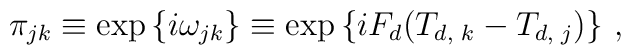
\pi_{jk} \equiv \exp{\{i\omega_{jk}\}}\equiv\exp{\{i F_d (T_{d,\,\,k} - T_{d,\,\,j})\}} \ ,